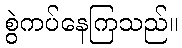
စွဲကပ်နေကြသည်။